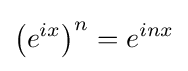
\left(e^{ix}\right)^{n}=e^{inx}